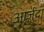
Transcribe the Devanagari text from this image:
आर्ज़ुदा